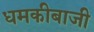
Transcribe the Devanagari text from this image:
धमकीबाजी